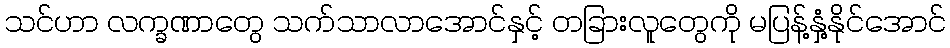
သင်ဟာ လက္ခဏာတွေ သက်သာလာအောင်နှင့် တခြားလူတွေကို မပြန့်နှံ့နိုင်အောင်